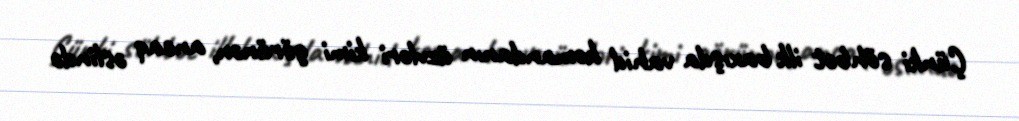
Çünki söhbət ilk baxışda vahid komandanın üzvləri kimi görünən, ancaq əslində